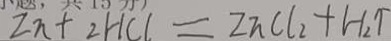
2 n + 2 H C l = 2 n C l _ { 2 } + H _ { 2 } \uparrow